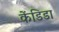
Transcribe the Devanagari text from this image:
केंडिडा